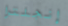
إنجلترا